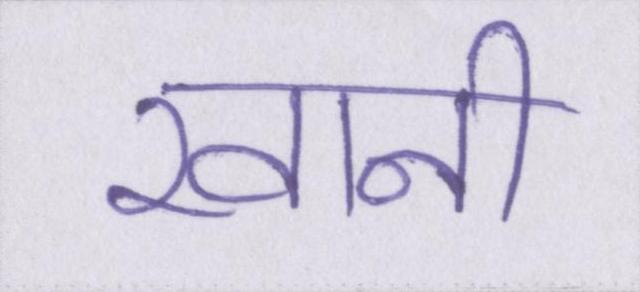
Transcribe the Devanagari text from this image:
खानी